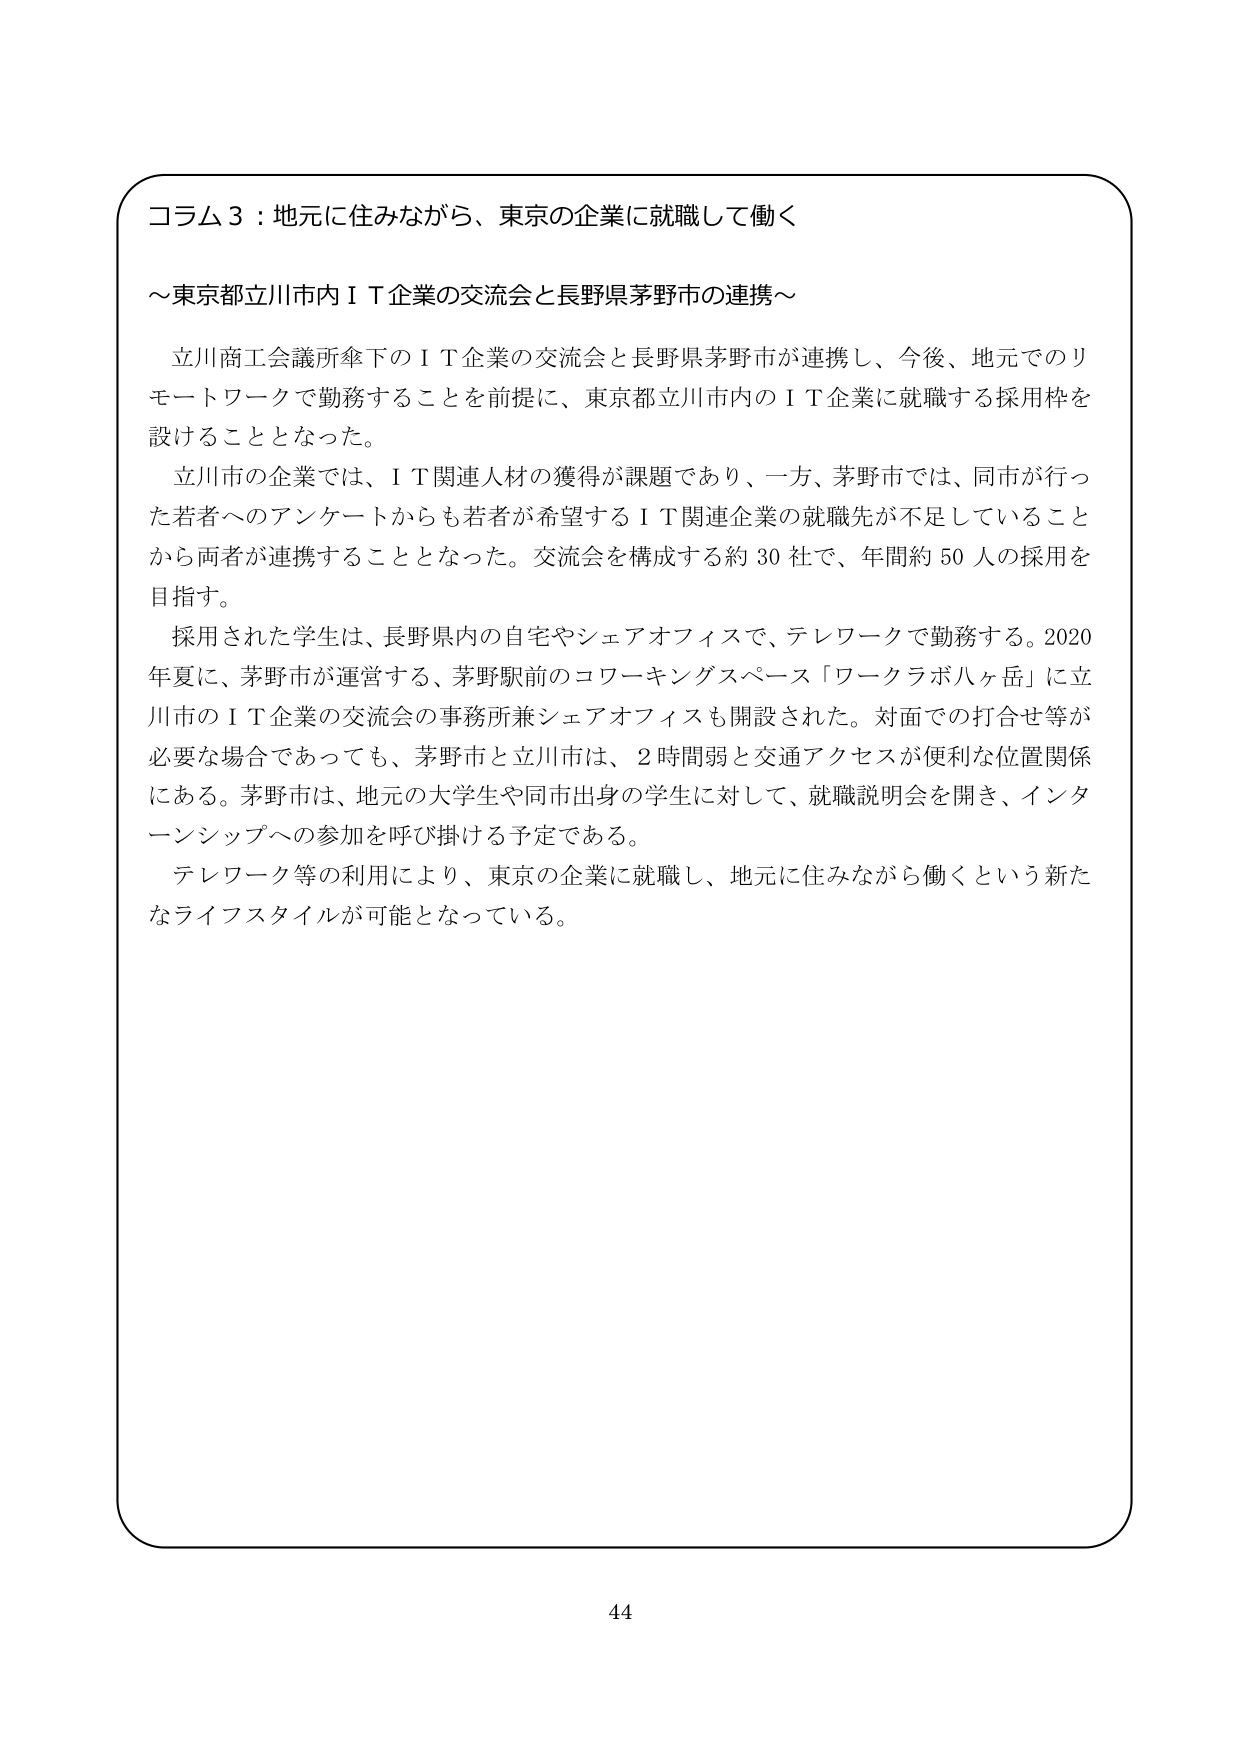
コラム３：地元に住みながら、東京の企業に就職して働く
～東京都立川市内ＩＴ企業の交流会と長野県茅野市の連携～

立川商工会議所傘下のＩＴ企業の交流会と長野県茅野市が連携し、今後、地元でのリモートワークで勤務することを前提に、東京都立川市内のＩＴ企業に就職する採用枠を設けることとなった。

立川市の企業では、ＩＴ関連人材の獲得が課題であり、一方、茅野市では、同市が行った若者へのアンケートからも若者が希望するＩＴ関連企業の就職先が不足していることから両者が連携することとなった。交流会を構成する約30社で、年間約50人の採用を目指す。

採用された学生は、長野県内の自宅やシェアオフィスで、テレワークで勤務する。2020年夏に、茅野市が運営する、茅野駅前のコワーキングスペース「ワークラボ八ヶ岳」に立川市のＩＴ企業の交流会の事務所兼シェアオフィスも開設された。対面での打合せ等が必要な場合であっても、茅野市と立川市は、2時間弱と交通アクセスが便利な位置関係にある。茅野市は、地元の大学生や同市出身の学生に対して、就職説明会を開き、インターンシップへの参加を呼び掛ける予定である。

テレワーク等の利用により、東京の企業に就職し、地元に住みながら働くという新たなライフスタイルが可能となっている。

44